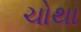
ચોથા